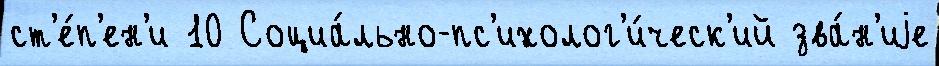
ст'е́п'ен'и 10 Социа́льно-пс'ихолог'и́ческ'ий зва́н'иjе